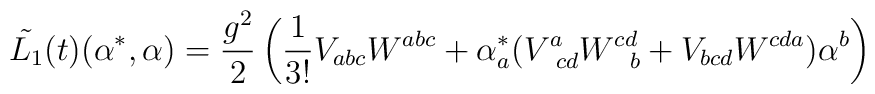
\tilde{L_1}(t)(\alpha^*,\alpha) = \frac{g^2}{2}\left( \frac{1}{3!} V_{abc}W^{abc} + \alpha^*_a (V^a_{\;\; cd} W^{cd}_{\;\;\;b} + V_{bcd}W^{cda})\alpha^b \right)